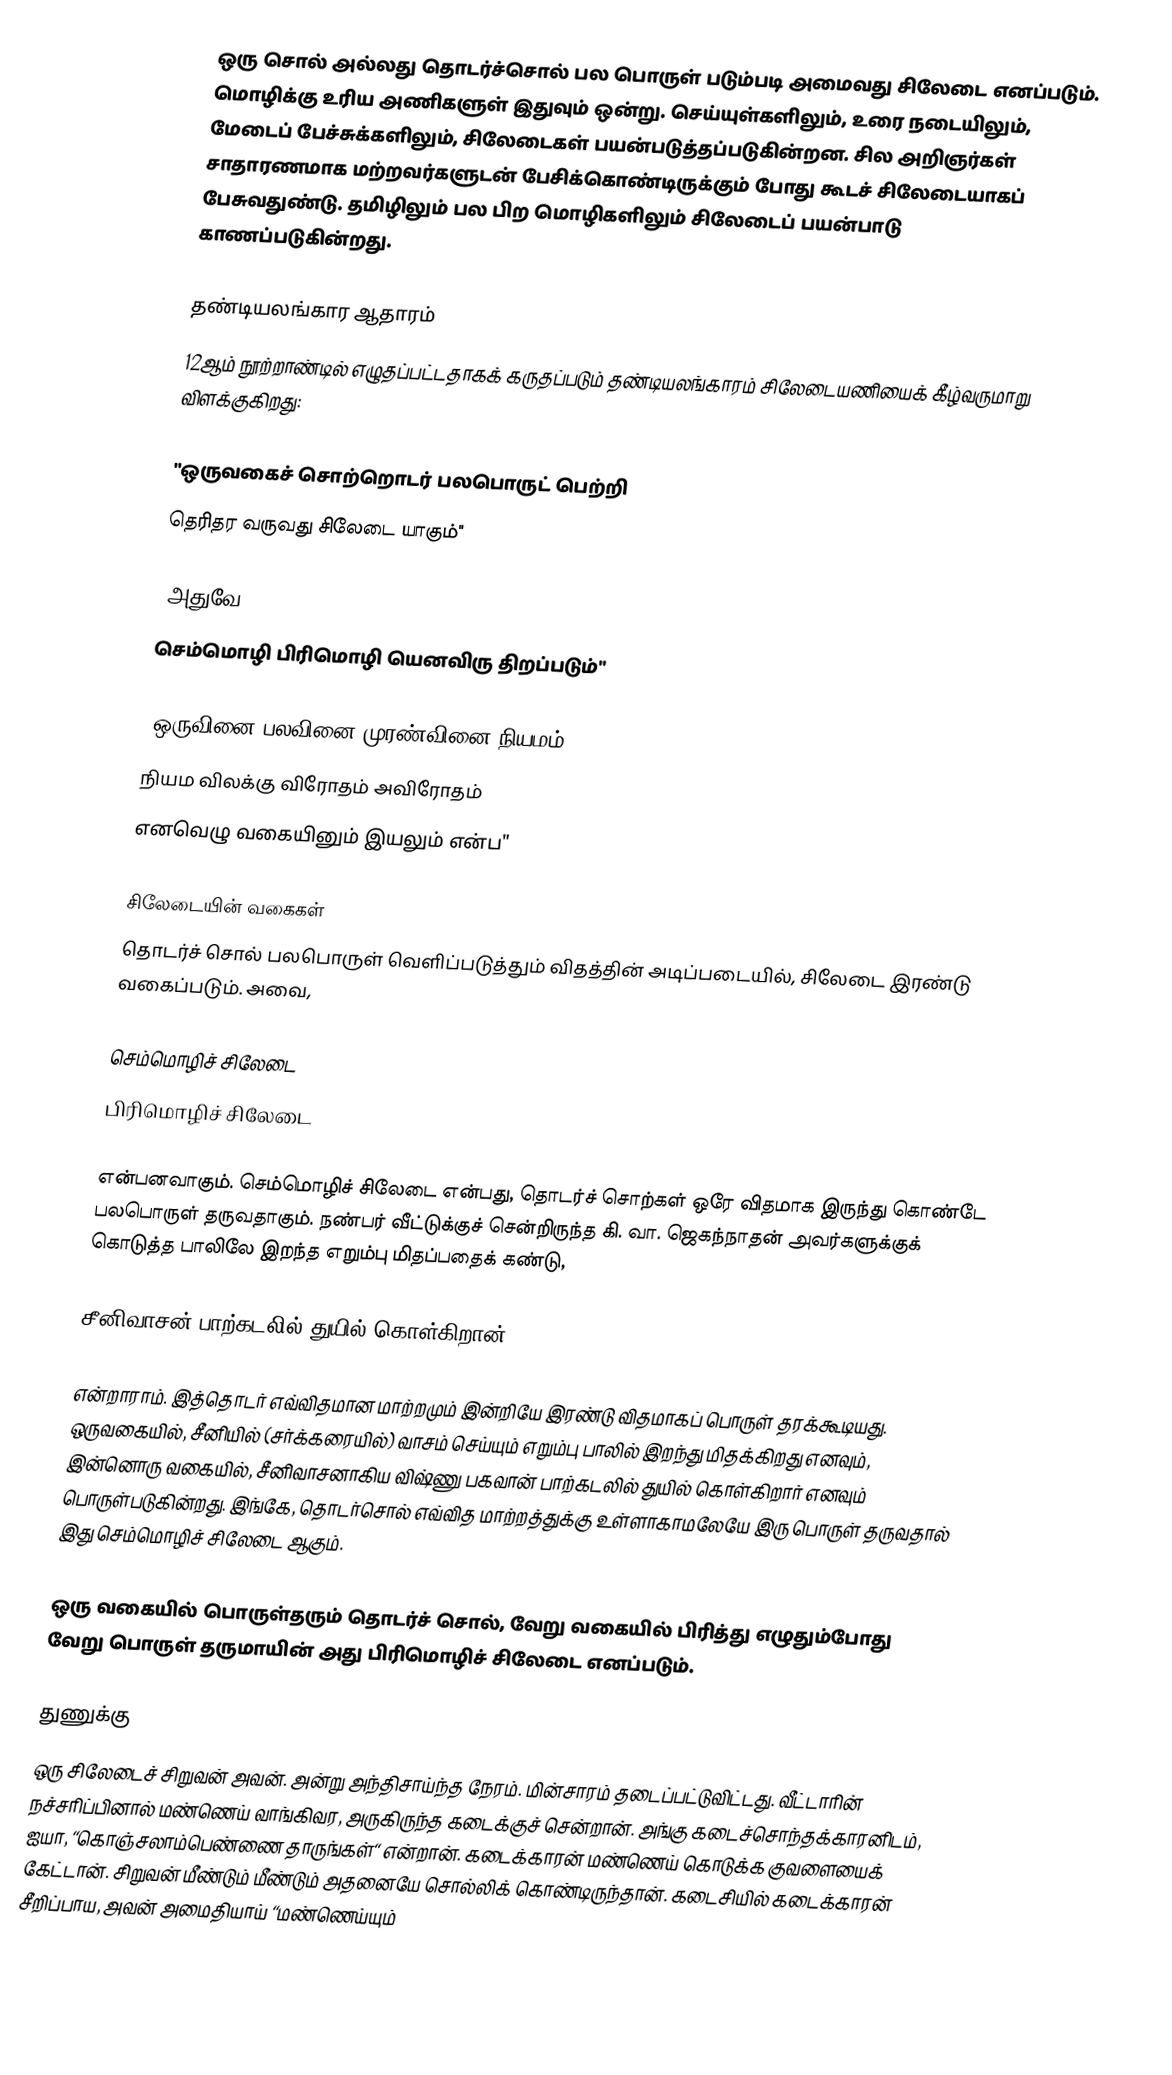
ஒரு சொல் அல்லது தொடர்ச்சொல் பல பொருள் படும்படி அமைவது சிலேடை எனப்படும். மொழிக்கு உரிய அணிகளுள் இதுவும் ஒன்று. செய்யுள்களிலும், உரை நடையிலும், மேடைப் பேச்சுக்களிலும், சிலேடைகள் பயன்படுத்தப்படுகின்றன. சில அறிஞர்கள் சாதாரணமாக மற்றவர்களுடன் பேசிக்கொண்டிருக்கும் போது கூடச் சிலேடையாகப் பேசுவதுண்டு. தமிழிலும் பல பிற மொழிகளிலும் சிலேடைப் பயன்பாடு காணப்படுகின்றது.

தண்டியலங்கார ஆதாரம்
12ஆம் நூற்றாண்டில் எழுதப்பட்டதாகக் கருதப்படும் தண்டியலங்காரம் சிலேடையணியைக் கீழ்வருமாறு விளக்குகிறது:

"ஒருவகைச் சொற்றொடர் பலபொருட் பெற்றி
தெரிதர வருவது சிலேடை யாகும்"

"அதுவே,
செம்மொழி பிரிமொழி யெனவிரு திறப்படும்"

"ஒருவினை பலவினை முரண்வினை நியமம்
நியம விலக்கு விரோதம் அவிரோதம்
எனவெழு வகையினும் இயலும் என்ப"

சிலேடையின் வகைகள்
தொடர்ச் சொல் பலபொருள் வெளிப்படுத்தும் விதத்தின் அடிப்படையில், சிலேடை இரண்டு வகைப்படும். அவை,

 செம்மொழிச் சிலேடை
 பிரிமொழிச் சிலேடை

என்பனவாகும். செம்மொழிச் சிலேடை என்பது, தொடர்ச் சொற்கள் ஒரே விதமாக இருந்து கொண்டே பலபொருள் தருவதாகும். நண்பர் வீட்டுக்குச் சென்றிருந்த கி. வா. ஜெகந்நாதன் அவர்களுக்குக் கொடுத்த பாலிலே இறந்த எறும்பு மிதப்பதைக் கண்டு,

 சீனிவாசன் பாற்கடலில் துயில் கொள்கிறான்

என்றாராம். இத்தொடர் எவ்விதமான மாற்றமும் இன்றியே இரண்டு விதமாகப் பொருள் தரக்கூடியது. ஒருவகையில், சீனியில் (சர்க்கரையில்) வாசம் செய்யும் எறும்பு பாலில் இறந்து மிதக்கிறது எனவும், இன்னொரு வகையில், சீனிவாசனாகிய விஷ்ணு பகவான் பாற்கடலில் துயில் கொள்கிறார் எனவும் பொருள்படுகின்றது. இங்கே, தொடர்சொல் எவ்வித மாற்றத்துக்கு உள்ளாகாமலேயே இரு பொருள் தருவதால் இது செம்மொழிச் சிலேடை ஆகும்.

ஒரு வகையில் பொருள்தரும் தொடர்ச் சொல், வேறு வகையில் பிரித்து எழுதும்போது வேறு பொருள் தருமாயின் அது பிரிமொழிச் சிலேடை எனப்படும்.

துணுக்கு
ஒரு சிலேடைச் சிறுவன் அவன். அன்று அந்திசாய்ந்த நேரம். மின்சாரம் தடைப்பட்டுவிட்டது. வீட்டாரின் நச்சரிப்பினால் மண்ணெய் வாங்கிவர, அருகிருந்த கடைக்குச் சென்றான். அங்கு கடைச்சொந்தக்காரனிடம், ஐயா, “கொஞ்சலாம்பெண்ணை தாருங்கள்“ என்றான். கடைக்காரன் மண்ணெய் கொடுக்க குவளையைக் கேட்டான். சிறுவன் மீண்டும் மீண்டும் அதனையே சொல்லிக் கொண்டிருந்தான். கடைசியில் கடைக்காரன் சீறிப்பாய, அவன் அமைதியாய் “மண்ணெய்யும்